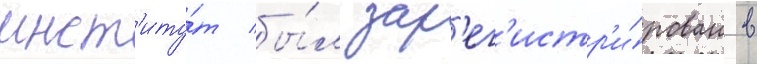
инст'иту́т бы́л зар'ег'истр'и́рован в